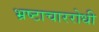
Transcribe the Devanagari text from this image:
भ्रष्टाचाररोधी